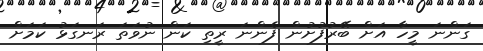
ގަންނަ މީހާ އަށް ބޭރުފުށުން ފެންނަ ރީތި ކަން ނުވަތަ ރަނގަޅު ކަމަށް